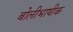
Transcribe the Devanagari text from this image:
बोलीभाषीक